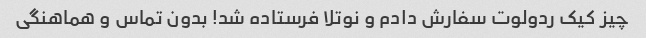
چیز کیک ردولوت سفارش دادم و نوتلا فرستاده شد! بدون تماس و هماهنگی